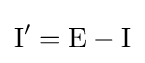
\mathrm {I} '=\mathrm {E} -\mathrm {I}